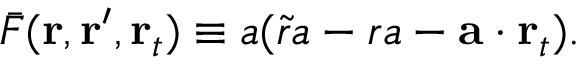
\begin{array} { r } { \bar { F } ( \mathbf { r } , \mathbf { r } ^ { \prime } , \mathbf { r } _ { t } ) \equiv a ( \tilde { r } a - r a - \mathbf { a } \cdot \mathbf { r } _ { t } ) . } \end{array}